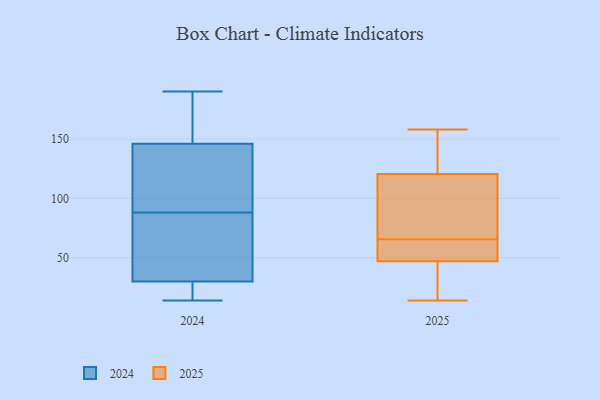
{"axis": {"x": "Customer Acquisition Cost (USD)", "y": "Value"}, "legend": ["2024", "2025"], "data": [{"x": "", "y": 26, "type": "2024"}, {"x": "", "y": 14, "type": "2024"}, {"x": "", "y": 182, "type": "2024"}, {"x": "", "y": 79, "type": "2024"}, {"x": "", "y": 94, "type": "2024"}, {"x": "", "y": 82, "type": "2024"}, {"x": "", "y": 73, "type": "2024"}, {"x": "", "y": 184, "type": "2024"}, {"x": "", "y": 180, "type": "2024"}, {"x": "", "y": 103, "type": "2024"}, {"x": "", "y": 24, "type": "2024"}, {"x": "", "y": 31, "type": "2024"}, {"x": "", "y": 30, "type": "2024"}, {"x": "", "y": 145, "type": "2024"}, {"x": "", "y": 190, "type": "2024"}, {"x": "", "y": 146, "type": "2024"}, {"x": "", "y": 103, "type": "2024"}, {"x": "", "y": 28, "type": "2024"}, {"x": "", "y": 47, "type": "2025"}, {"x": "", "y": 65, "type": "2025"}, {"x": "", "y": 158, "type": "2025"}, {"x": "", "y": 14, "type": "2025"}, {"x": "", "y": 141, "type": "2025"}, {"x": "", "y": 83, "type": "2025"}, {"x": "", "y": 47, "type": "2025"}, {"x": "", "y": 29, "type": "2025"}, {"x": "", "y": 50, "type": "2025"}, {"x": "", "y": 66, "type": "2025"}, {"x": "", "y": 109, "type": "2025"}, {"x": "", "y": 132, "type": "2025"}]}